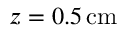
z = 0 . 5 \, \mathrm { c m }